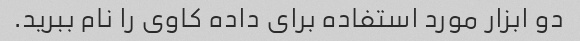
دو ابزار مورد استفاده برای داده کاوی را نام ببرید.